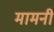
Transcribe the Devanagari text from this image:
मामनी